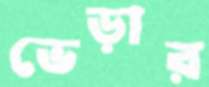
ভেড়ার